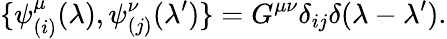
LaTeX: \{ \psi_{(i)}^{\mu}(\lambda),\psi_{(j)}^{\nu}(\lambda^{\prime})\} =G^{\mu\nu}\delta_{ij}\delta(\lambda-\lambda^{\prime}).